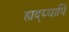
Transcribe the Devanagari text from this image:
ह्यद्य्यापि